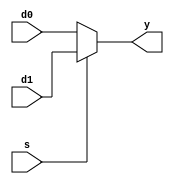

module mux_pc( d0, d1, s, y );
input [15:0] d0, d1;
input s;
output [15:0] y;
reg [15:0] y;

always@(d0 or d1 or s)
begin
    if ( s == 1 )
        y = d1;
    else
        y = d0;
end
endmodule